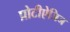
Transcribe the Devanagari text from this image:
प्रोटीऐजिज